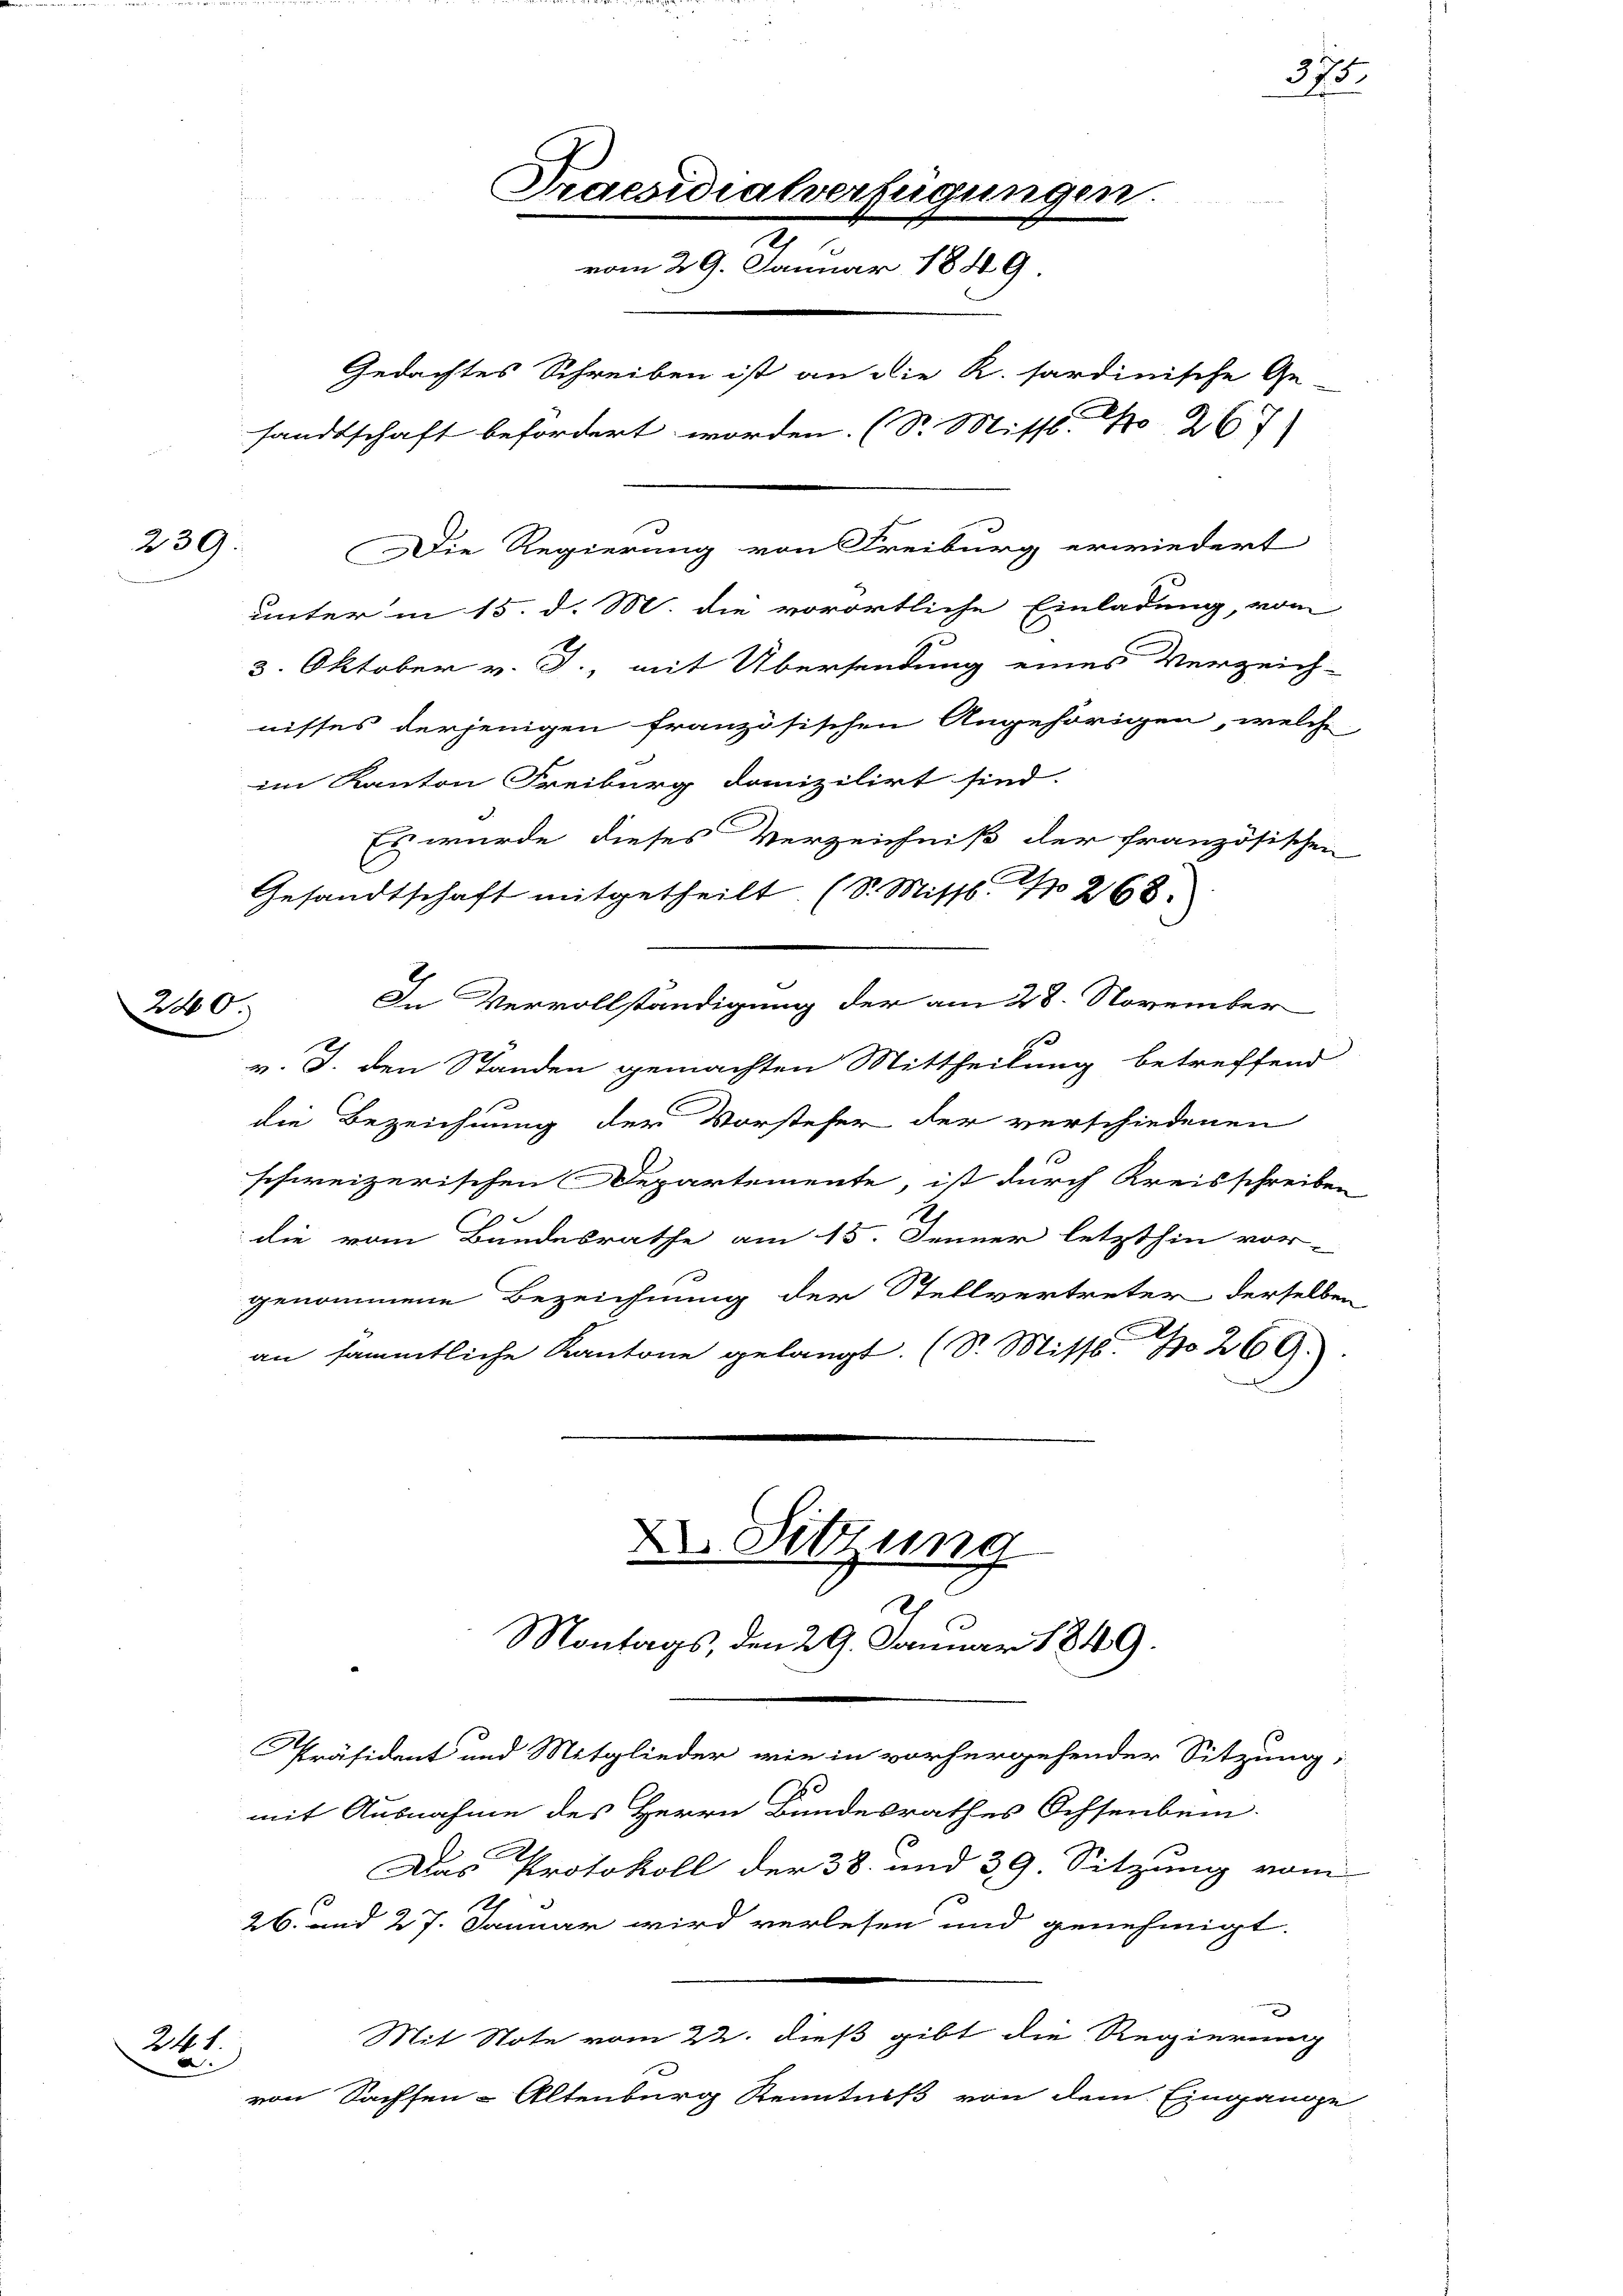
239.

240.

241.
.

Praesidialverfügungen.
vom 29. Januar 1849
Gedachtes Schreiben ist an die R. sardinische Ge-
sandtschaft befordert worden. (S. Missi. No 26

Die Regierung von Freiburg erwiedert

D Sitzung
d
Montags, den 29. Januar 1849.

375.

unter in 15 d. M. die vorörtliche Einladung, vom
3. Oktober v. J., mit Übersendung eines Verzeich-
nisses derjenigen französischen Angehörigen, welche
im Kanton Freiburg danizilirt sind.
Es wurde dieses Verzeichniß der französischen
Gesandtschaft mitgetheilt. (S. Mittl. 1 268.
In Vervollständigung der am 28. November
v. J. den Standen gemachten Mittheilung betreffend
die Bezeichnung der Vorsteher der verschiedenen
schweizerischen Departemente ist durch Kreisschreiben
die vom Bundesrathe am 15. Jenner letzthin vor-
genommene Bezeichnung der Stellvertreter derselben
an sämmtliche Kantone gelangt. (S. Misst No 269.

Präsident und Mitglieder wie in vorhergehender Sitzung,
2
mit Ausnahme des Herrn Bundesrathes Ochsenbein
Das Protokoll der 38. und 39. Sitzung vom
.
26. und 27. Januar wird verlesen und genehmigt.
x
Mit Note vom 22. dieß gibt die Regierung
von Sachsen-Altenburg Kenntniß von dem Eingange